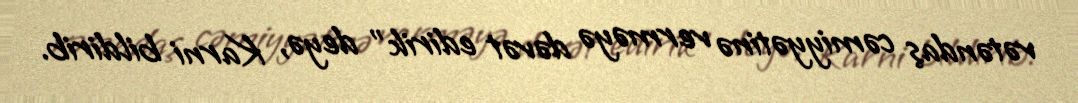
vətəndaş cəmiyyətinə verməyə dəvət edirik” deyə, Karni bildirib.